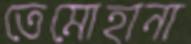
তেমোহানা